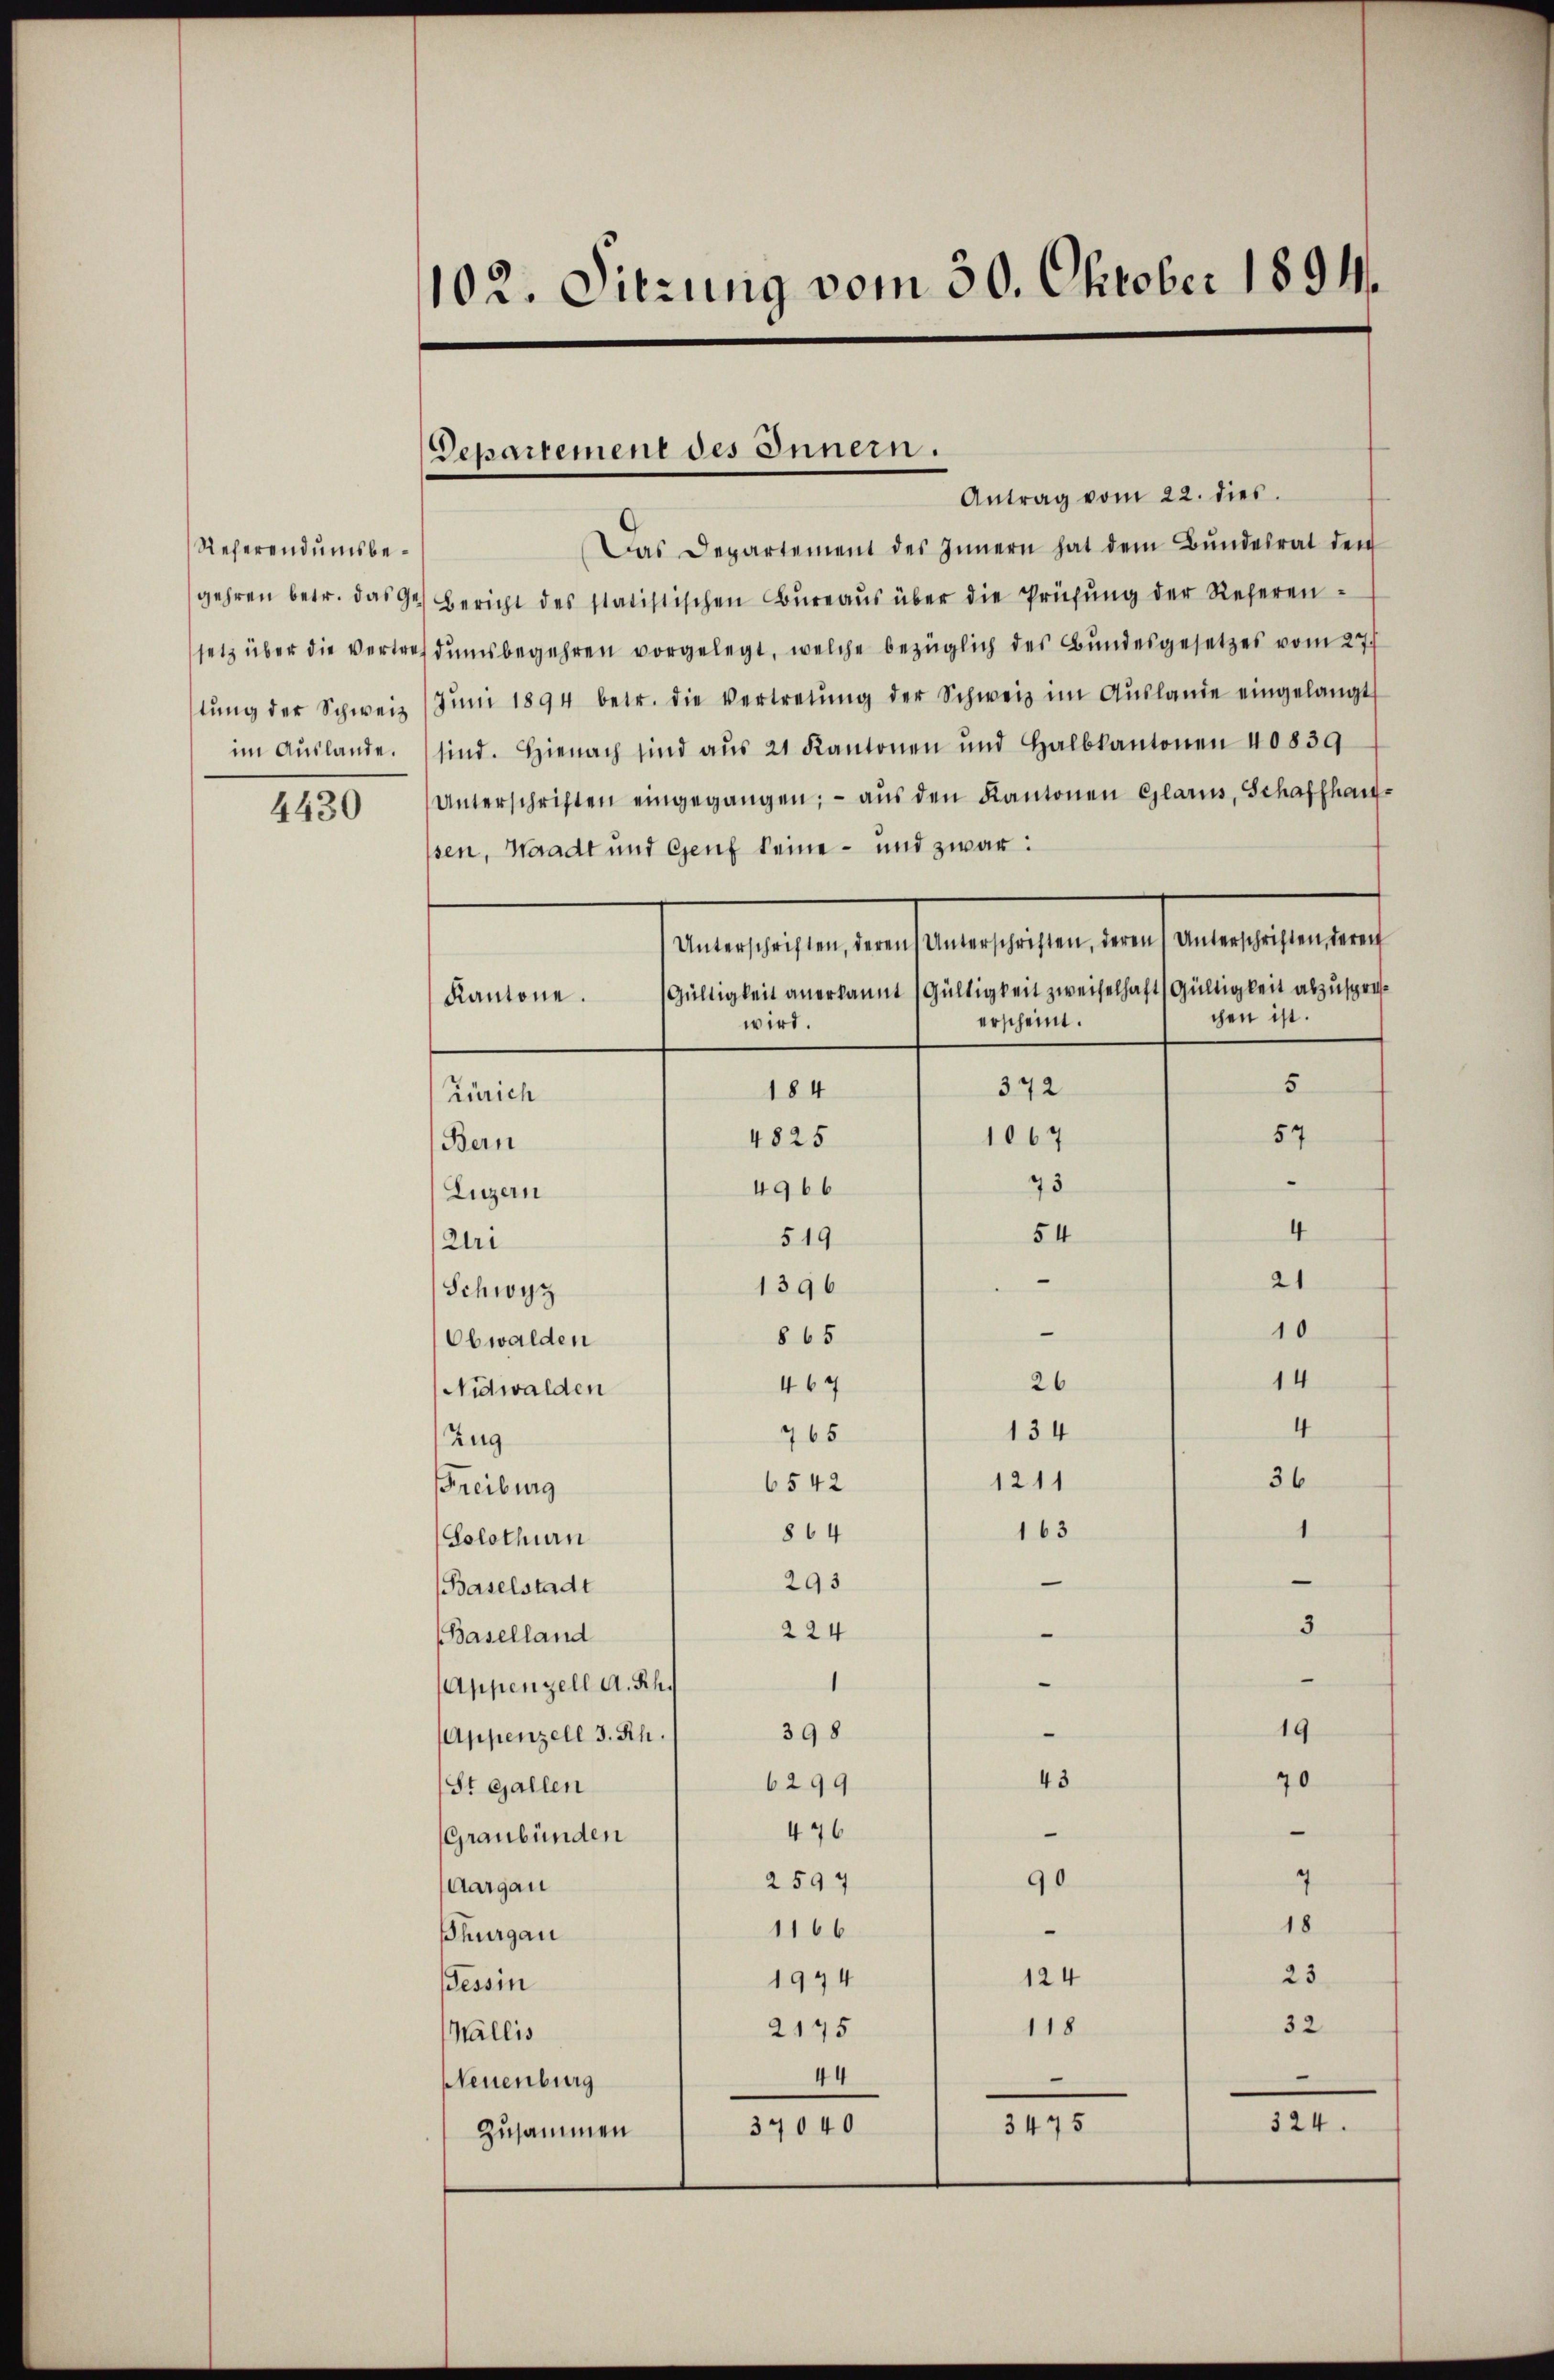
Referendumsbe¬

4430

102. Sitzung vom 30. Oktober 1894.

Departement des Innern.

Antrag vom 22. dies
Das Departement des Innern hat dem Bŭndesrat den
gehren betr. das Ges Bericht des statistischen Büreaŭs über die Prüfŭng der Referen-
setz über die vertreidŭmsbegehren vorgelegt, welche bezüglich des Bundesgesetzes vom 27.
stŭng der Schweiz (Jŭni 1894 betr. die Vertretŭng der Schweiz im Aŭslande eingelangt
im Aŭslande. sind. Hienach sind aŭs 21 Kantonen und Halbkantonen 40839
Unterschriften eingegangen; - aŭs den Kantonen Glarus, Schaffhausen, Waadt und Genf keine - und zwar:
aecedenen den seines seiner selben werdente
Gültigkeit anerkannt (Gültigkeit zweifelhaft (Gültigkeit abzuspre¬
Kantone.
chen ist.
erscheint.
wird.
5
372
184
Zürich
57
1067
4825
Bern
73
4966
Luzern
4
54
519
Uri
21
1396
Schwyz
10
§ 65
Obwalden
14
26
464
Nidwalden
4
134
765
Zug
36
1211
6542
Freiburg
163
1
864
(Solothurn
293
(Baselstadt
3
224
(Baselland
1
(Appenzell A. Rh.
19
398
Appenzell 3. Rh.
43
70
6299
St. Gallen
e
476
Graubünden
2594
4
90
Aargau
18
1166
hurgau
23
124
1944
Tessin
32
118
2175
Wallis
44
—
Neuenburg
324.
3475
Zusammen 1 37040